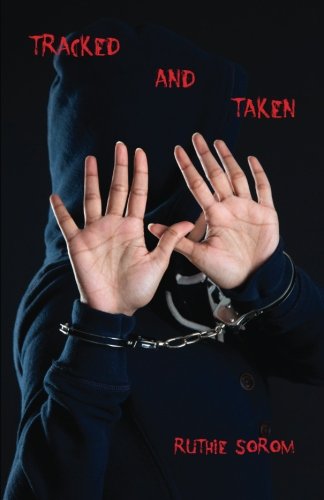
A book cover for Tracked and Taken; Ruthie Sorom; Teen & Young Adult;